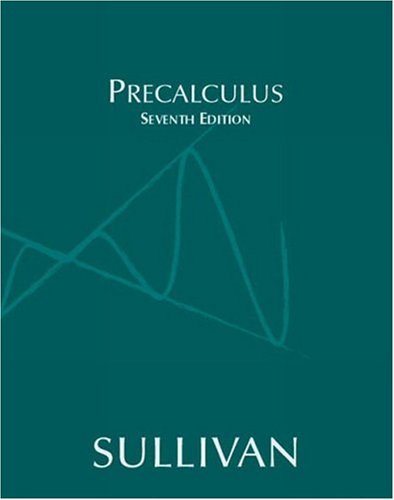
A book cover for Precalculus (7th Edition); Michael Sullivan; Science & Math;